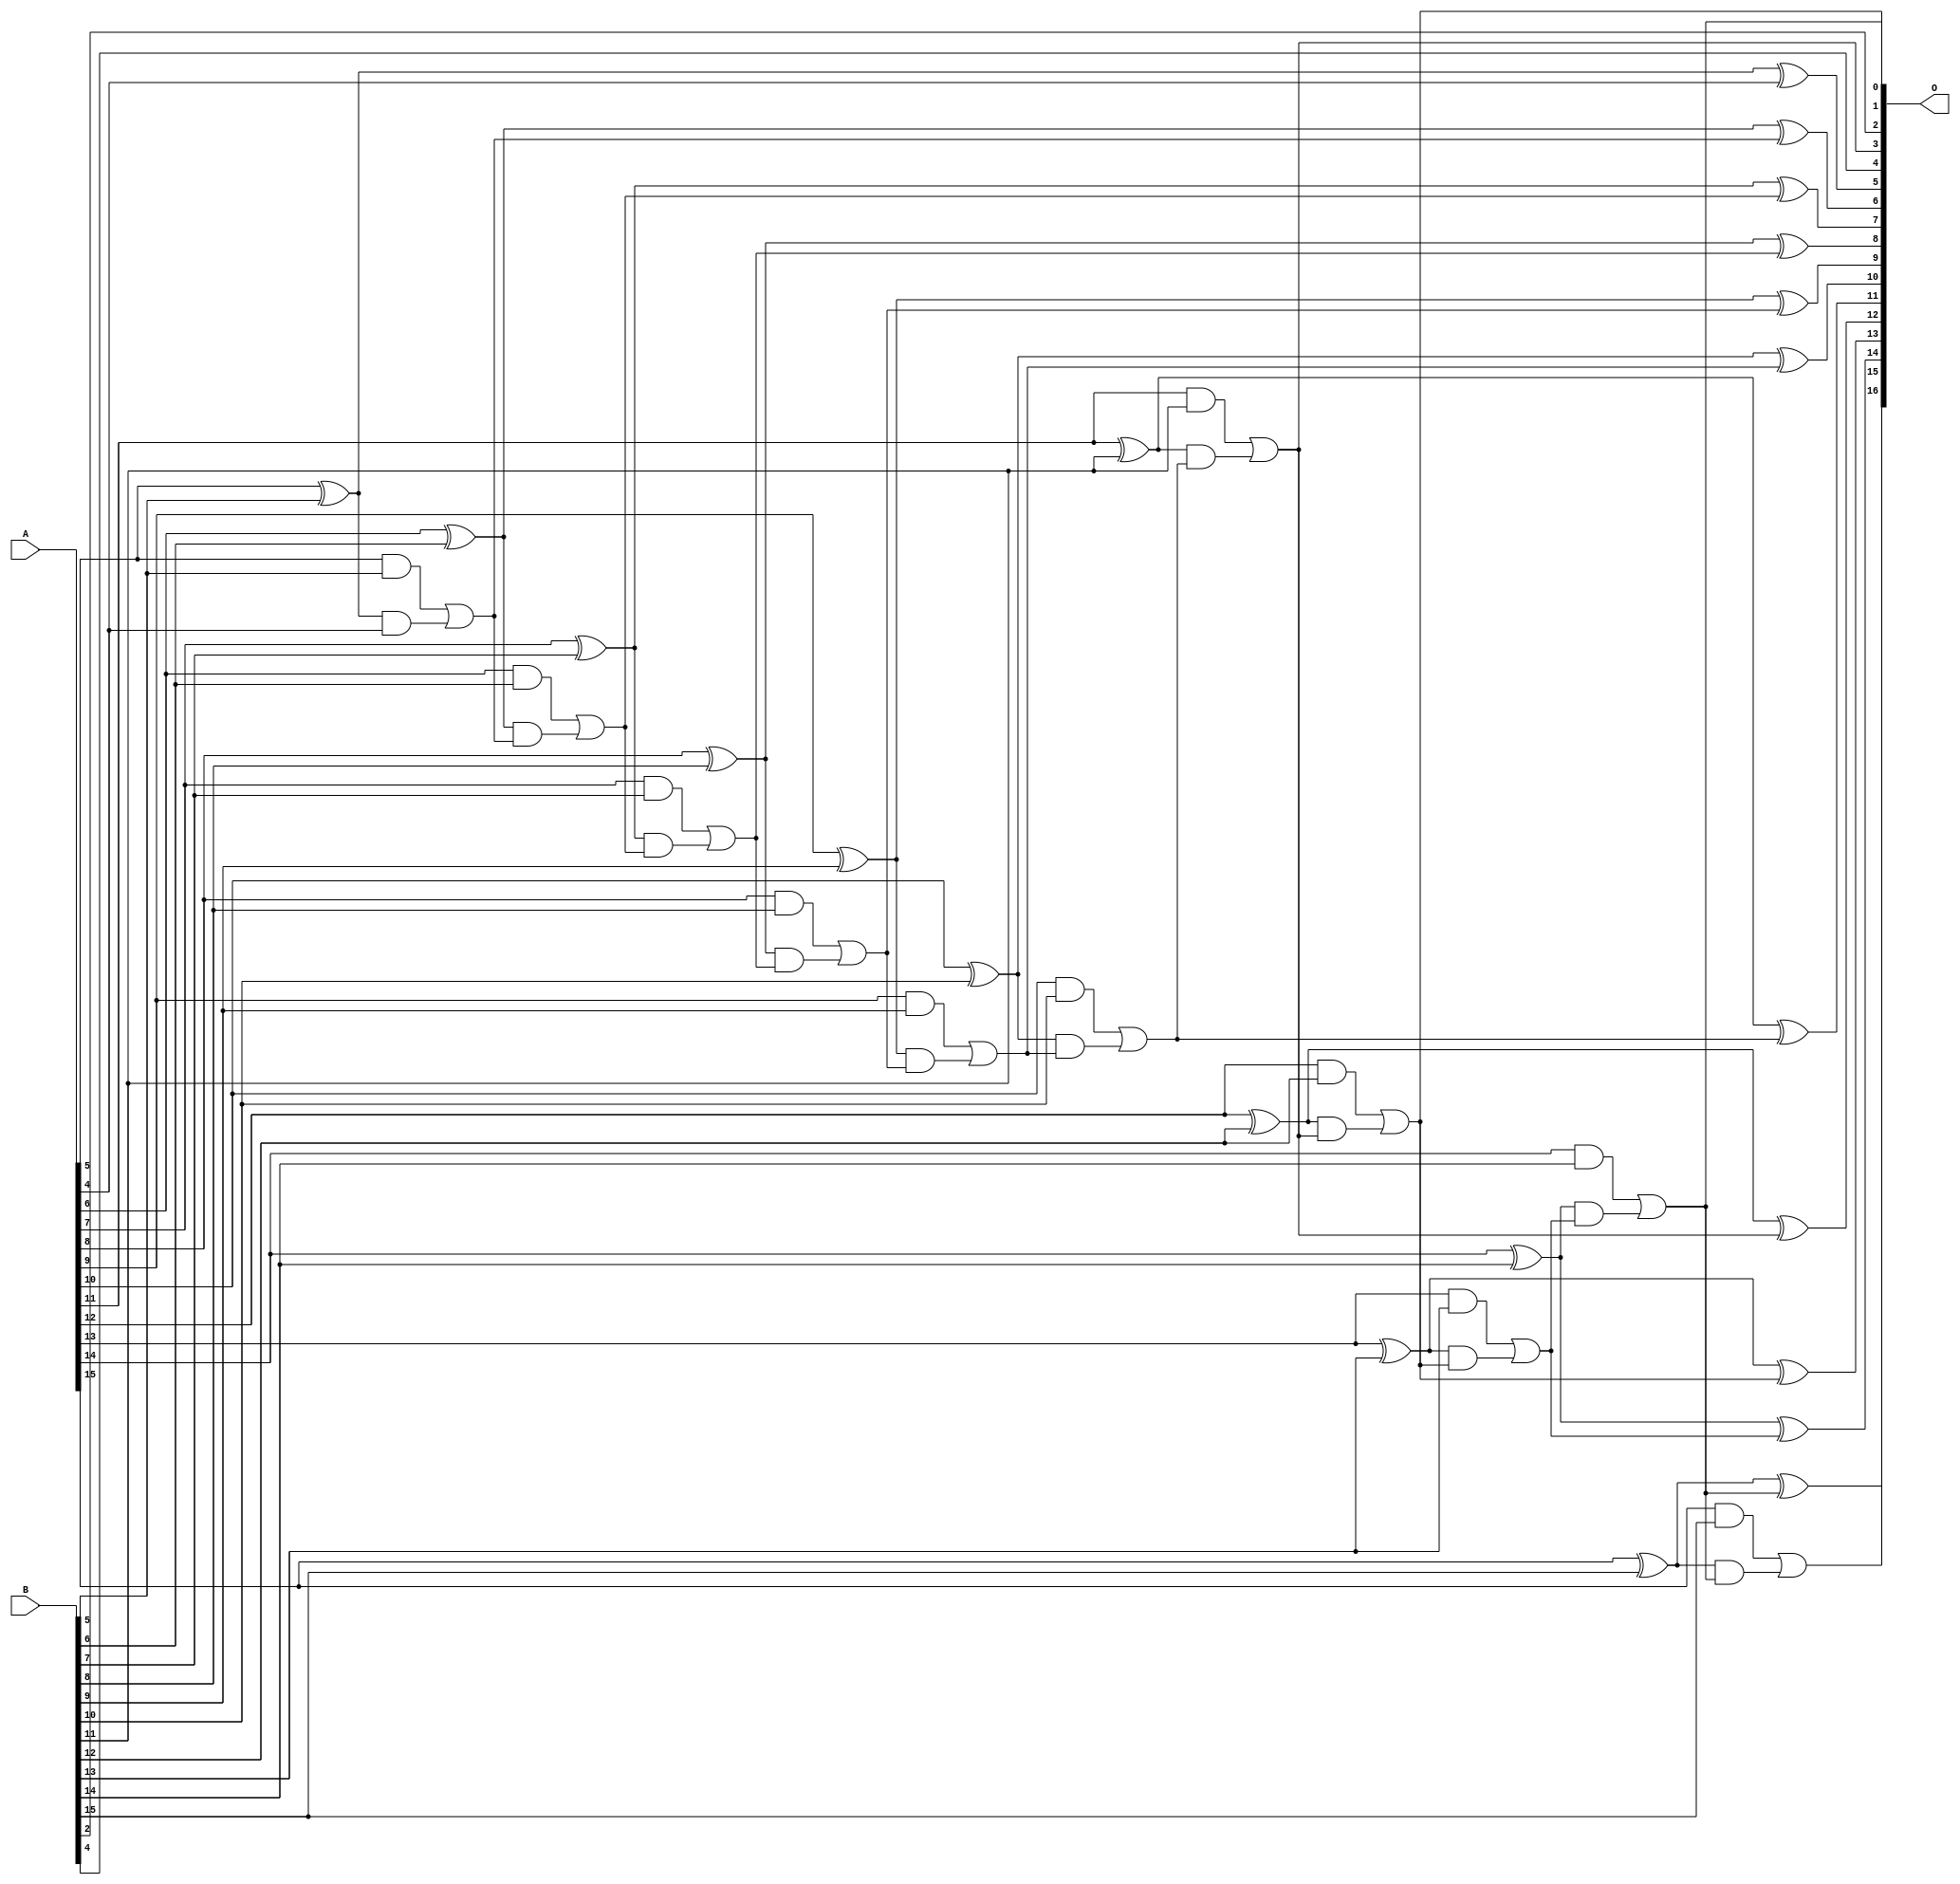
/***
* This code is a part of EvoApproxLib library (ehw.fit.vutbr.cz/approxlib) distributed under The MIT License.
* When used, please cite the following article(s):  
* This file contains a circuit from a sub-set of pareto optimal circuits with respect to the pwr and mre parameters
***/
// MAE% = 0.0071 %
// MAE = 9.3 
// WCE% = 0.021 %
// WCE = 27 
// WCRE% = 100.00 %
// EP% = 96.89 %
// MRE% = 0.02 %
// MSE = 125 
// PDK45_PWR = 0.050 mW
// PDK45_AREA = 98.1 um2
// PDK45_DELAY = 0.92 ns


module add16u_0FJ(A, B, O);
  input [15:0] A, B;
  output [16:0] O;
  wire sig_54, sig_55, sig_56, sig_58, sig_59, sig_60;
  wire sig_61, sig_63, sig_64, sig_65, sig_66, sig_68;
  wire sig_69, sig_70, sig_71, sig_73, sig_74, sig_75;
  wire sig_76, sig_78, sig_79, sig_80, sig_81, sig_83;
  wire sig_84, sig_85, sig_86, sig_89, sig_90, sig_91;
  wire sig_94, sig_95, sig_96, sig_98, sig_99, sig_100;
  wire sig_101, sig_104, sig_105, sig_106;
  assign O[2] = B[2];
  assign sig_54 = A[5] ^ B[5];
  assign sig_55 = A[5] & B[5];
  assign sig_56 = sig_54 & A[4];
  assign O[5] = sig_54 ^ A[4];
  assign sig_58 = sig_55 | sig_56;
  assign sig_59 = A[6] ^ B[6];
  assign sig_60 = A[6] & B[6];
  assign sig_61 = sig_59 & sig_58;
  assign O[6] = sig_59 ^ sig_58;
  assign sig_63 = sig_60 | sig_61;
  assign sig_64 = A[7] ^ B[7];
  assign sig_65 = A[7] & B[7];
  assign sig_66 = sig_64 & sig_63;
  assign O[7] = sig_64 ^ sig_63;
  assign sig_68 = sig_65 | sig_66;
  assign sig_69 = A[8] ^ B[8];
  assign sig_70 = A[8] & B[8];
  assign sig_71 = sig_69 & sig_68;
  assign O[8] = sig_69 ^ sig_68;
  assign sig_73 = sig_70 | sig_71;
  assign sig_74 = A[9] ^ B[9];
  assign sig_75 = A[9] & B[9];
  assign sig_76 = sig_74 & sig_73;
  assign O[9] = sig_74 ^ sig_73;
  assign sig_78 = sig_75 | sig_76;
  assign sig_79 = A[10] ^ B[10];
  assign sig_80 = A[10] & B[10];
  assign sig_81 = sig_79 & sig_78;
  assign O[10] = sig_79 ^ sig_78;
  assign sig_83 = sig_80 | sig_81;
  assign sig_84 = A[11] ^ B[11];
  assign sig_85 = A[11] & B[11];
  assign sig_86 = sig_84 & sig_83;
  assign O[11] = sig_84 ^ sig_83;
  assign O[3] = sig_85 | sig_86;
  assign sig_89 = A[12] ^ B[12];
  assign sig_90 = A[12] & B[12];
  assign sig_91 = sig_89 & O[3];
  assign O[12] = sig_89 ^ O[3];
  assign O[1] = sig_90 | sig_91;
  assign sig_94 = A[13] ^ B[13];
  assign sig_95 = A[13] & B[13];
  assign sig_96 = sig_94 & O[1];
  assign O[13] = sig_94 ^ O[1];
  assign sig_98 = sig_95 | sig_96;
  assign sig_99 = A[14] ^ B[14];
  assign sig_100 = A[14] & B[14];
  assign sig_101 = sig_99 & sig_98;
  assign O[14] = sig_99 ^ sig_98;
  assign O[0] = sig_100 | sig_101;
  assign sig_104 = A[15] ^ B[15];
  assign sig_105 = A[15] & B[15];
  assign sig_106 = sig_104 & O[0];
  assign O[15] = sig_104 ^ O[0];
  assign O[16] = sig_105 | sig_106;
  assign O[4] = B[4];
endmodule